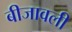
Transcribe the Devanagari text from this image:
बीजावली